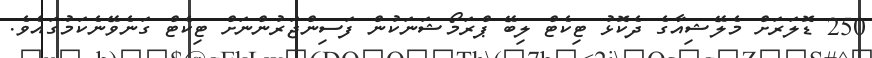
250 ޑޮލަރަށް މެލޭޝިއާގެ ދެކޮޅު ޓިކެޓް ލިބޭ ޕްރަމޯޝަނަކުން ފަސިންޖަރުންނަށް ޓިކެޓް ގަނެވޭނެކަމުގައެވެ.